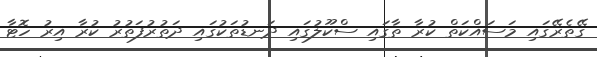
ގޭތެރޭގައި މަސައްކަތް ކުރާ ތާގައި ސްކޫލުގައި ދަނޑުތަކުގައި ދަތުރުފަތުރު ކުރާ އިރު ހޮޓާ